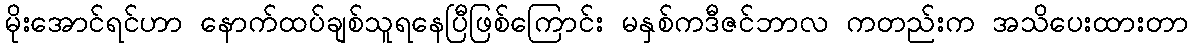
မိုးအောင်ရင်ဟာ နောက်ထပ်ချစ်သူရနေပြီဖြစ်ကြောင်း မနှစ်ကဒီဇင်ဘာလ ကတည်းက အသိပေးထားတာ